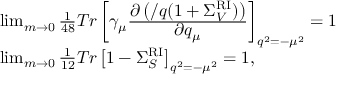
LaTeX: \begin{array} { l } { { \operatorname * { l i m } _ { m \rightarrow 0 } \frac { 1 } { 4 8 } T r \left[ \gamma _ { \mu } \frac { \displaystyle \partial \left( \slash { q } ( 1 + \Sigma _ { V } ^ { \mathrm { R I } } ) \right) } { \displaystyle \partial q _ { \mu } } \right] _ { q ^ { 2 } = - \mu ^ { 2 } } = 1 } } \\ { { \operatorname * { l i m } _ { m \rightarrow 0 } \frac { 1 } { 1 2 } T r \left[ 1 - \Sigma _ { S } ^ { \mathrm { R I } } \right] _ { q ^ { 2 } = - \mu ^ { 2 } } = 1 { } , } } \end{array}